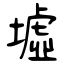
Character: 墟